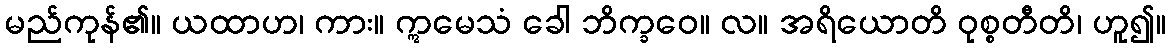
မည်ကုန်၏။ ယထာဟ၊ ကား။ ဣမေသံ ခေါ ဘိက္ခဝေ။ လ။ အရိယောတိ ဝုစ္စတီတိ၊ ဟူ၍။